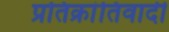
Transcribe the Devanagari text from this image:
प्रतिक्रांतिवादी